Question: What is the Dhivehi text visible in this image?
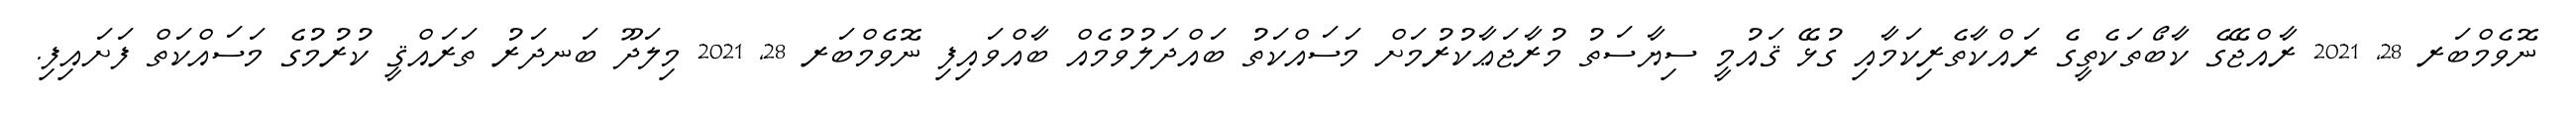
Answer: ނޮވެމްބަރ 28, 2021 ރާއްޖޭގެ ކާބޯތަކެތީގެ ރައްކާތެރިކަމާއި ގުޅޭ ޤައުމީ ސިޔާސަތު މުރާޖަޢާކުރުމަށް މަސައްކަތު ބައްދަލުވުމެއް ބާއްވައިފި ނޮވެމްބަރ 28, 2021 މިލަދޫ ބަނދަރު ތަރައްޤީ ކުރުމުގެ މަސައްކަތް ފަށައިފި.